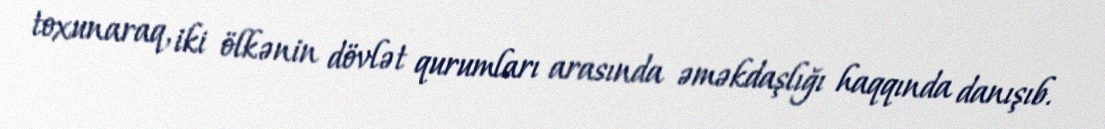
toxunaraq, iki ölkənin dövlət qurumları arasında əməkdaşlığı haqqında danışıb.